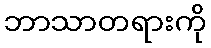
ဘာသာတရားကို